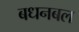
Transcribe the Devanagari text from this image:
बधनबल